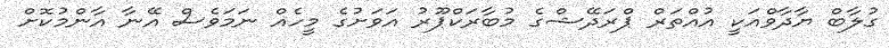
ގުލާބް ޔާދާވްއަކީ އުއްތަރް ޕްރަދޭޝްގެ މުބާރަކްޕޫރު އަވަށުގެ މީހެއް ނަމަވެސް އޭނާ އާންމުކޮށް